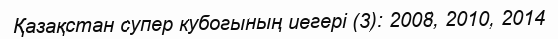
Қазақстан супер кубогының иегері (3): 2008, 2010, 2014